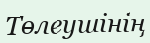
Төлеушінің